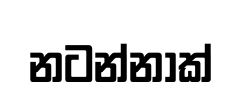
නටන්නාක්